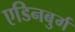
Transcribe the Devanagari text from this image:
एडिनबुर्ग